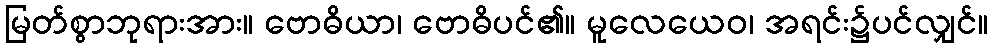
မြတ်စွာဘုရားအား။ ဗောဓိယာ၊ ဗောဓိပင်၏။ မူလေယေဝ၊ အရင်း၌ပင်လျှင်။